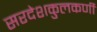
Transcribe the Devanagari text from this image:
सरदेशकुलकर्णी